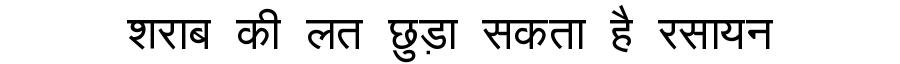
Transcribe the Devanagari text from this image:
शराब की लत छुड़ा सकता है रसायन